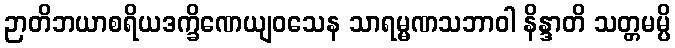
ဉာတိဘယာစရိယဒက္ခိဏေယျဝသေန သာရမ္မဏသဘာဝါ နိန္ဒာတိ သတ္တမမ္ပိ